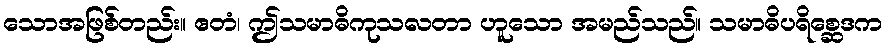
သောအဖြစ်တည်း။ ဧတံ၊ ဤသမာဓိကုသလတာ ဟူသော အမည်သည်။ သမာဓိပရိစ္ဆေဒက